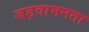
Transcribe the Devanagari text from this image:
जड़वामनता